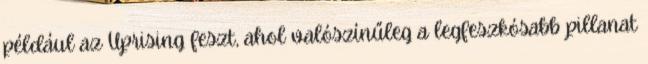
például az Uprising feszt, ahol valószínűleg a legfeszkósabb pillanat